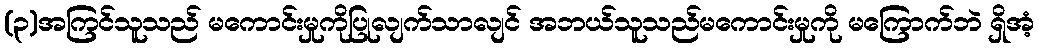
(၃)အကြင်သူသည် မကောင်းမှုကိုပြုလျက်သာလျင် အဘယ်သူသည်မကောင်းမှုကို မကြောက်ဘဲ ရှိအံ့